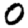
Digit: 0